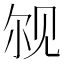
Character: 𫌨